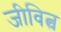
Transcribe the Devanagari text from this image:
जीवित्व